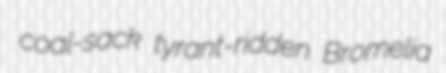
coal-sack tyrant-ridden Bromelia